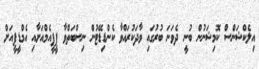
އިލެކްޝަންސް ކޮމިޝަނުން ބުނީ ދެވަނަ ބުރުގައި ވާދަކުރައްވާ ކެންޑިޑޭޓުން ނިސްބަތްވާ ޕީޕީއެމްއަށާއި އެމްޑީޕީއަށް